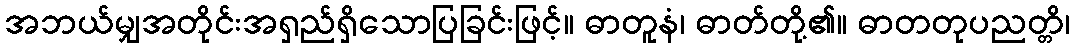
အဘယ်မျှအတိုင်းအရှည်ရှိသောပြခြင်းဖြင့်။ ဓာတူနံ၊ ဓာတ်တို့၏။ ဓာတတုပညတ္တိ၊